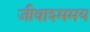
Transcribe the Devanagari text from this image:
जीवाश्ममय